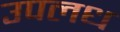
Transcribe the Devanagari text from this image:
उपलध